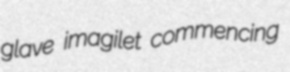
glave imagilet commencing